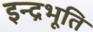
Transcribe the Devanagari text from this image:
इन्द्रभूति